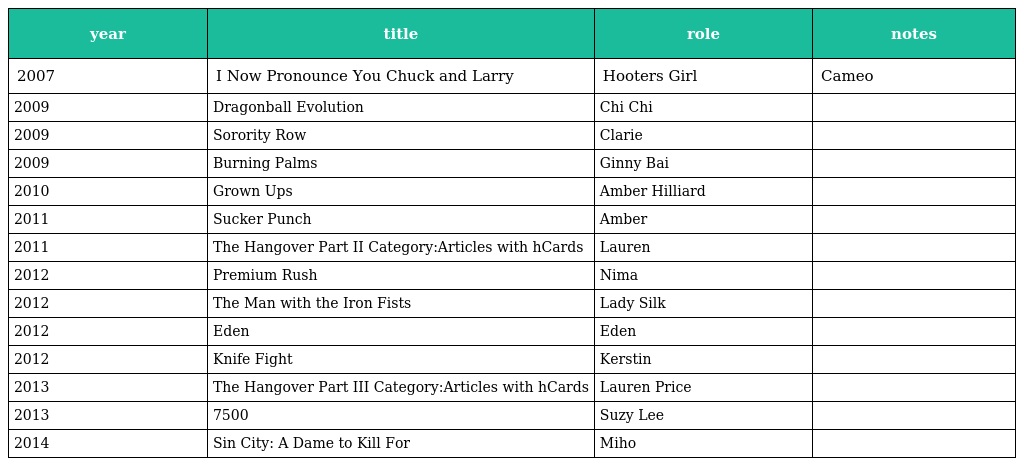
| year | title | role | notes |
 | --- | --- | --- | --- |
 | 2007 | I Now Pronounce You Chuck and Larry | Hooters Girl | Cameo |
 | 2009 | Dragonball Evolution | Chi Chi |  |
 | 2009 | Sorority Row | Clarie |  |
 | 2009 | Burning Palms | Ginny Bai |  |
 | 2010 | Grown Ups | Amber Hilliard |  |
 | 2011 | Sucker Punch | Amber |  |
 | 2011 | The Hangover Part II Category:Articles with hCards | Lauren |  |
 | 2012 | Premium Rush | Nima |  |
 | 2012 | The Man with the Iron Fists | Lady Silk |  |
 | 2012 | Eden | Eden |  |
 | 2012 | Knife Fight | Kerstin |  |
 | 2013 | The Hangover Part III Category:Articles with hCards | Lauren Price |  |
 | 2013 | 7500 | Suzy Lee |  |
 | 2014 | Sin City: A Dame to Kill For | Miho |  |